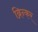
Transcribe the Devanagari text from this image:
ब्रिन्कर